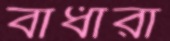
বাধারা